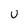
Character: U